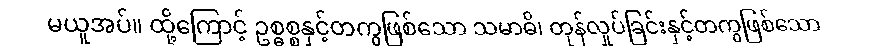
မယူအပ်။ ထို့ကြောင့် ဥစ္ဓစ္စနှင့်တကွဖြစ်သော သမာဓိ၊ တုန်လှုပ်ခြင်းနှင့်တကွဖြစ်သော